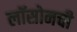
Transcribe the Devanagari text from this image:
लॉसोनची